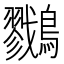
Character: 𪇯